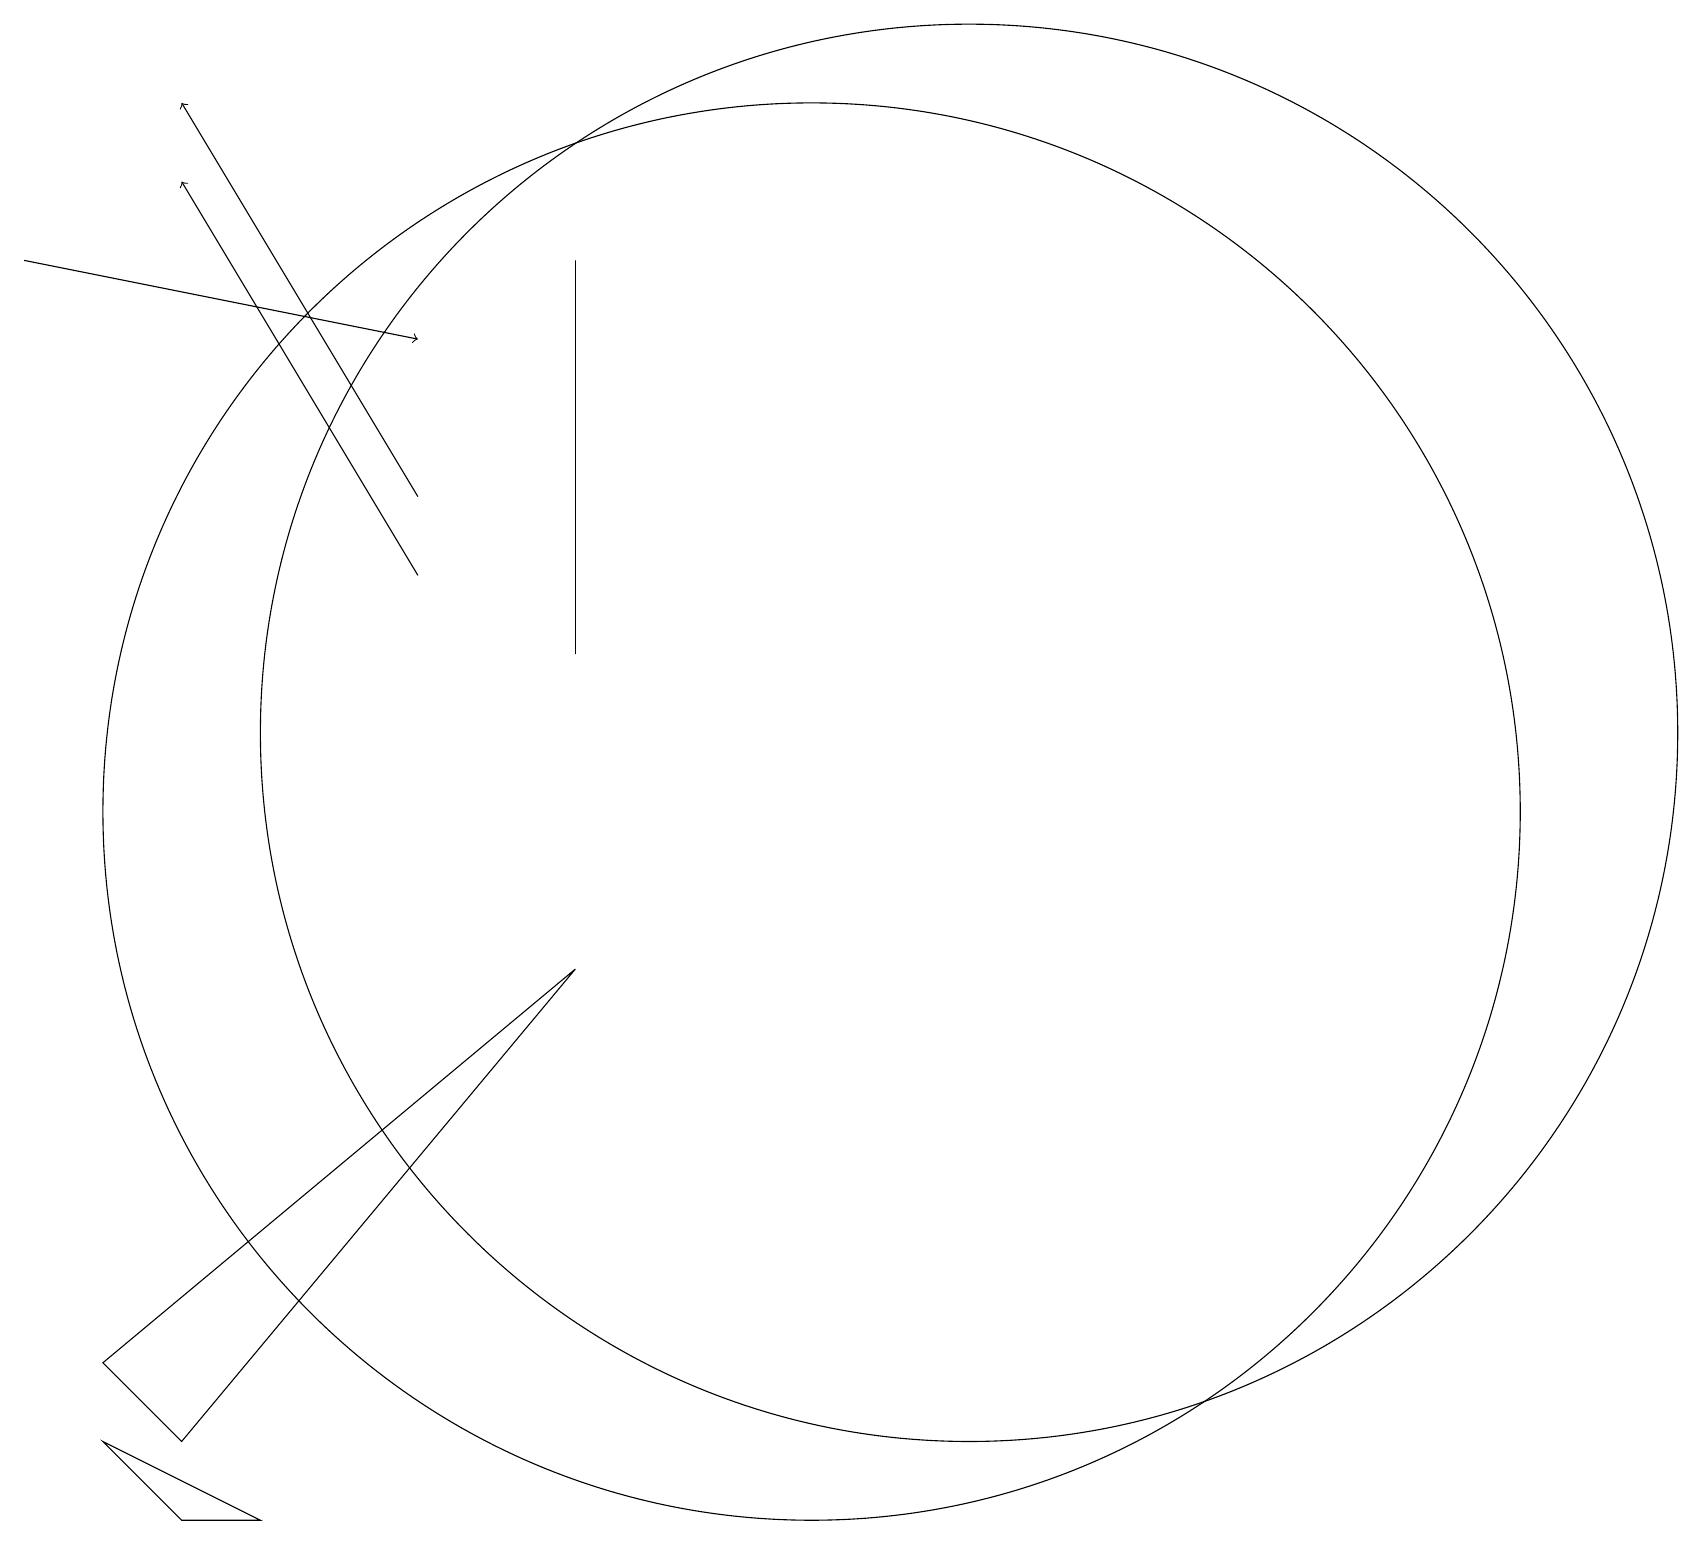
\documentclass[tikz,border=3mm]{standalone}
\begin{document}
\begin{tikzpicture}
\draw[->] (0,17) -- (5,16);
\draw (10,10) circle (9);
\draw[->] (5,14) -- (2,19);
\draw (7,12) rectangle (7,17);
\draw (2,1) -- (3,1) -- (1,2) -- cycle;
\draw (12,11) circle (9);
\draw (2,2) -- (1,3) -- (7,8) -- cycle;
\draw[->] (5,13) -- (2,18);
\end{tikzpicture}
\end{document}